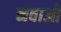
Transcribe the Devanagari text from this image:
नवाओ